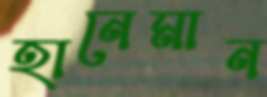
হানেমান